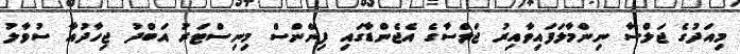
މިއަދުގެ ޖަލްސާ ނިންމާލަފައިވާއިރު ޖަލްސާގެ އެޖެންޑާގައި ފިނޭންސް މިނިސްޓަރު އަބްދު ޖިހާދުއާ ސުވާލު